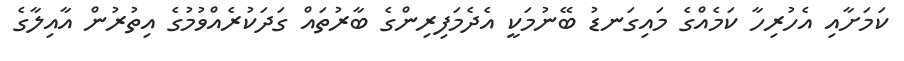
ކަމަށާއި އެހުރިހާ ކަމެއްގެ މައިގަނޑު ބޭނުމަކީ އެދެމަފިރިންގެ ބާރުތައް ގަދަކުރެއްވުމުގެ އިތުރުން އާއިލާގެ